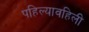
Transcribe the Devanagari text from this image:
पहिल्यावहिली